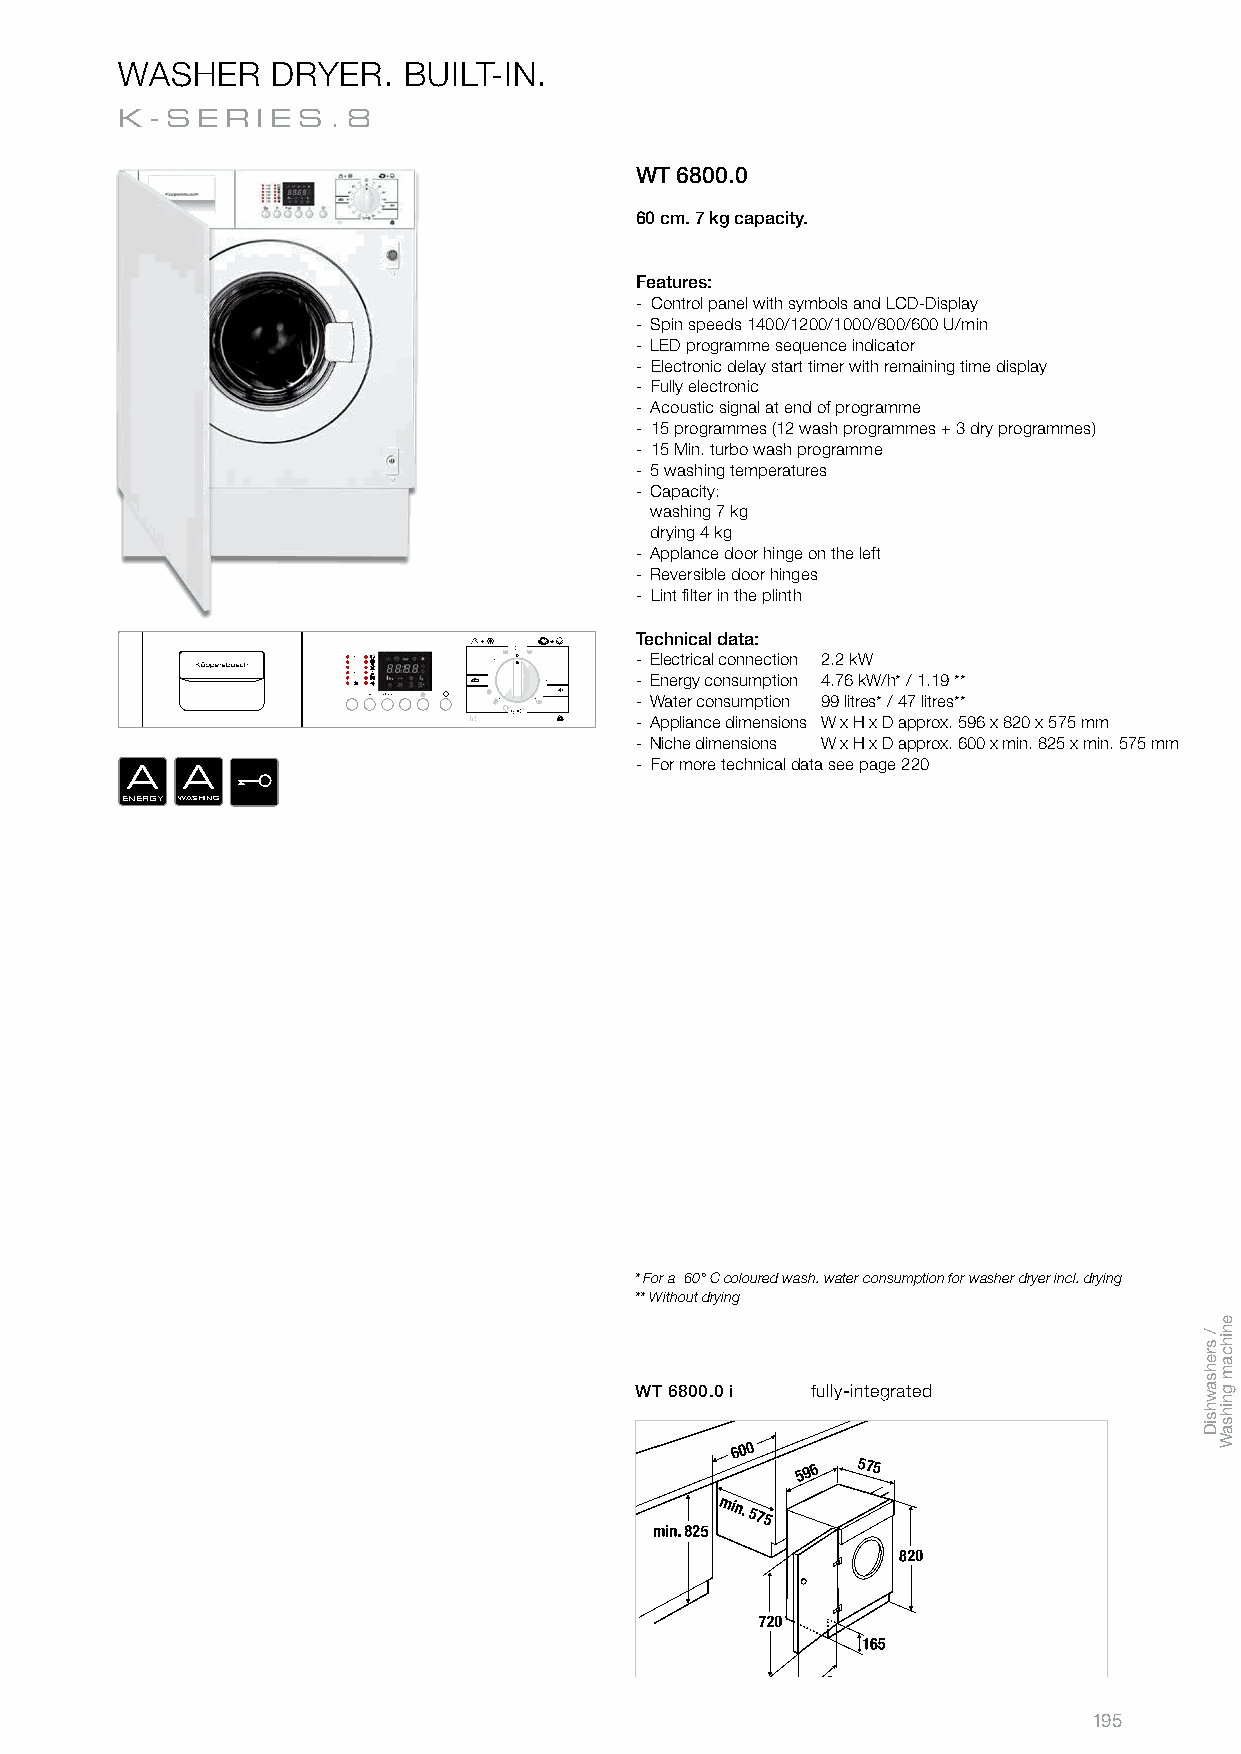
ACCESSORIES. WASHER DRYER. BUILT-IN.
 DISHWASHERS.
 K-SER    IES.8
 WT 6800.0
 60 cm. 7 kg capacity.
 Features:
 - Control panel with symbols and LCD-Display
 - Spin speeds 1400/1200/1000/800/600 U/min
 - LED programme sequence indicator
 - Electronic delay start timer with remaining time display
 - Fully electronic
 - Acoustic signal at end of programme
 - 15 programmes (12 wash programmes + 3 dry programmes)
 - 15 Min. turbo wash programme
 - 5 washing temperatures
 - Capacity:
 washing 7 kg
 drying 4 kg
 - Applance door hinge on the left
 - Reversible door hinges
 - Lint fi lter in the plinth
 Technical data:
 - Electrical connection 2.2 kW
 - Energy consumption 4.76 kW/h* / 1.19 **
 - Water consumption 99 litres* / 47 litres**
 - Appliance dimensions W x H x D approx. 596 x 820 x 575 mm
 - Niche dimensions W x H x D approx. 600 x min. 825 x min. 575 mm
 - For more technical data see page 220
 A   A
 ENERGY WASHING
 * For a 60° C coloured wash. water consumption for washer dryer incl. drying
 ** Without drying
 WT 6800.0 i fully-integrated
 195
 /
 srehsawhsiD
 enihcam
 gnihsaW